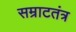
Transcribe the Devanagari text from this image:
सम्राटतंत्र